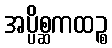
အပ္ပိစ္ဆကထဉ္စ